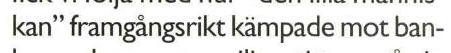
kan" framgångsrikt kämpade mot ban-